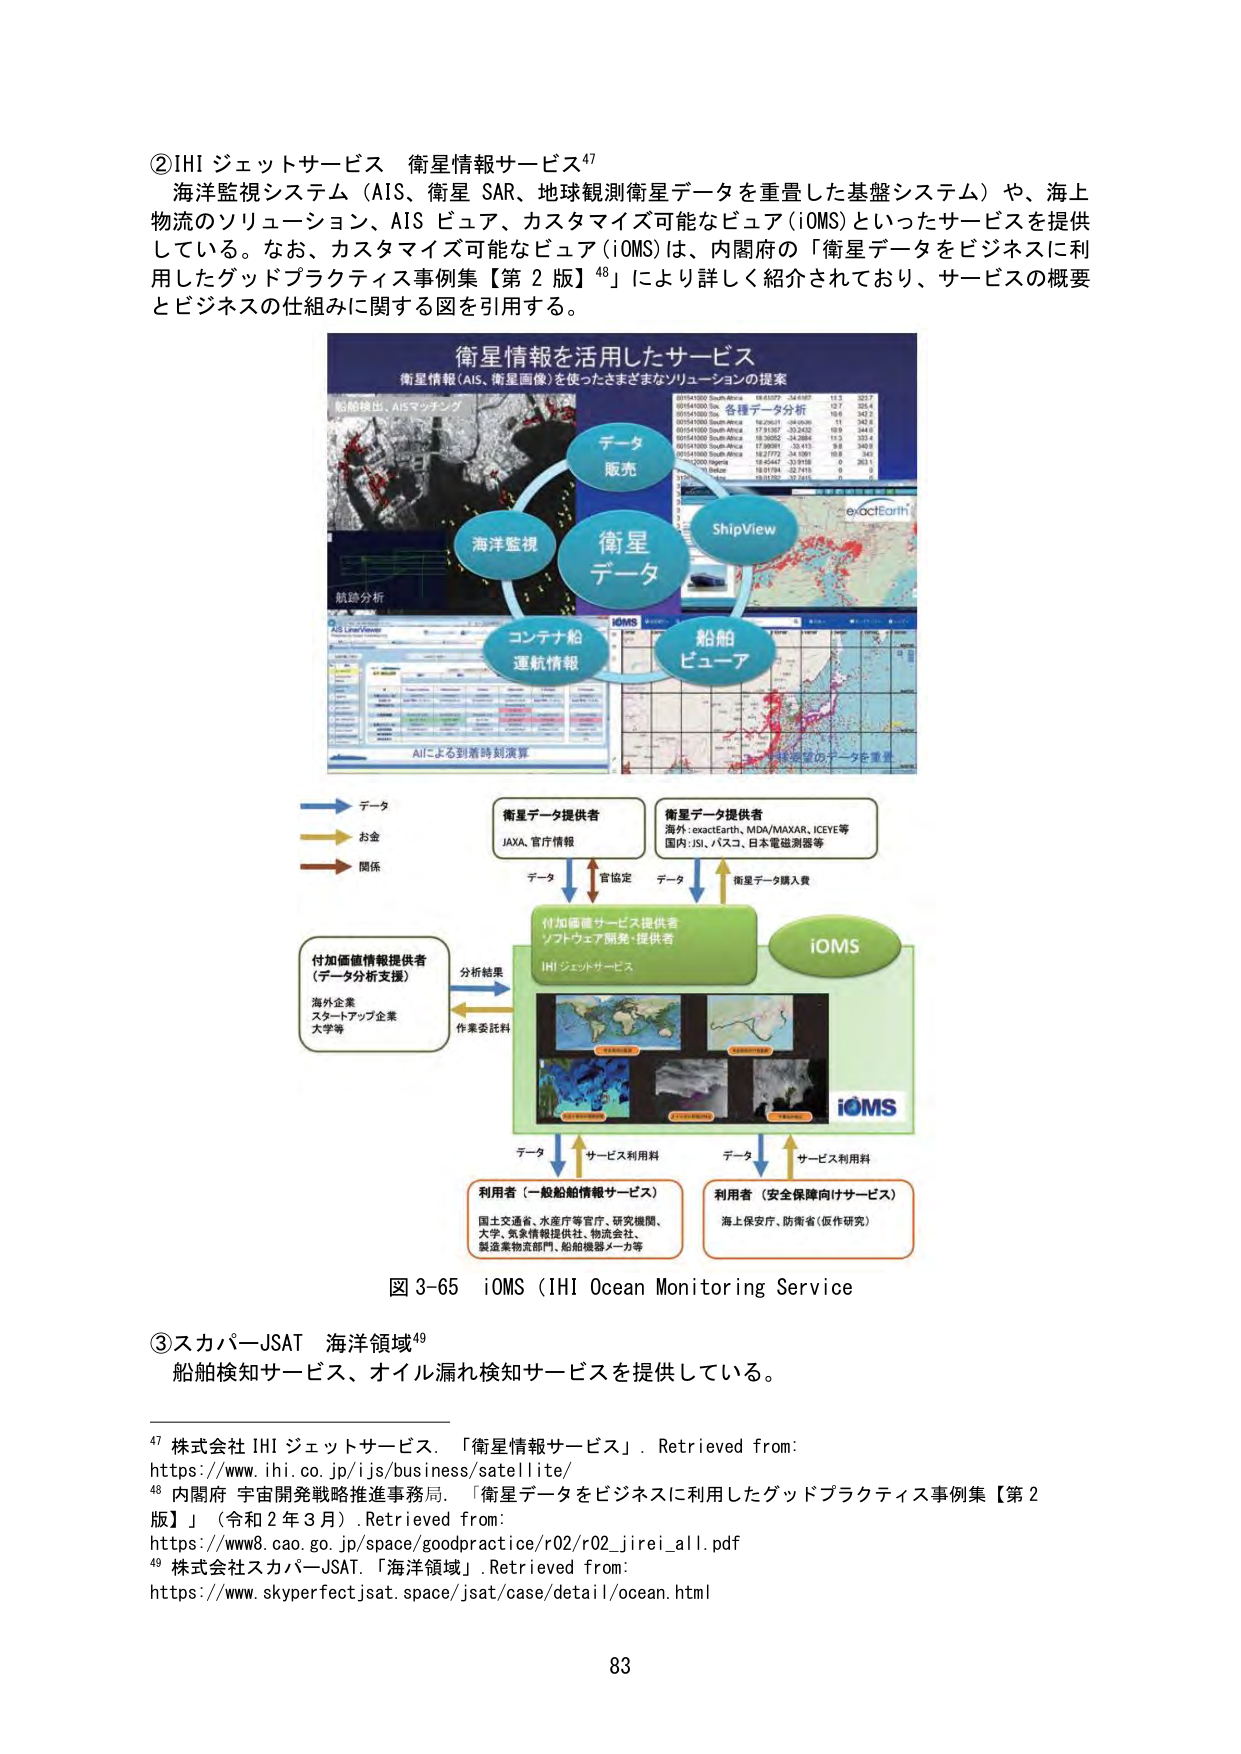
②IHI ジェットサービス 衛星情報サービス⁴⁷
海洋監視システム（AIS、衛星 SAR、地球観測衛星データを重畳した基盤システム）や、海上物流のソリューション、AIS ビュア、カスタマイズ可能なビュア（iOMS）といったサービスを提供している。なお、カスタマイズ可能なビュア（iOMS）は、内閣府の「衛星データをビジネスに利用したグッドプラクティス事例集【第 2 版】⁴⁸」により詳しく紹介されており、サービスの概要とビジネスの仕組みに関する図を引用する。

衛星情報を活用したサービス
衛星情報（AIS、衛星画像）を使ったさまざまなソリューションの提案
船跡検出、AISマッチング
データ
販売
海洋監視
衛星
データ
ShipView
exactEarth
航跡分析
コンテナ船
運航情報
船舶
ビュア
AIによる到着時刻演算
多様な空間のデータを重畳

データ
お金
関係
衛星データ提供者
JAXA、官庁情報
衛星データ提供者
海外：exactEarth、MDA/MAXAR、ICEYE等
国内：JSL、パスコ、日本電磁測器等
データ
官協定
データ
衛星データ購入費
付加価値情報提供者
（データ分析支援）
海外企業
スタートアップ企業
大学等
分析結果
作業委託料
付加価値サービス提供者
ソフトウェア開発・提供者
IHI ジェットサービス
iOMS
iOMS
データ
サービス利用料
データ
サービス利用料
利用者（一般船舶情報サービス）
国土交通省、水産庁等官庁、研究機関、
大学、気象情報提供社、物流会社、
製造業物流部門、船舶機器メーカ等
利用者（安全保障向けサービス）
海上保安庁、防衛省（仮作研究）

図 3-65 iOMS（IHI Ocean Monitoring Service）

③スカパーJSAT 海洋領域⁴⁹
船舶検知サービス、オイル漏れ検知サービスを提供している。

⁴⁷ 株式会社 IHI ジェットサービス．「衛星情報サービス」．Retrieved from:
https://www.ihj.co.jp/ijs/business/satellite/
⁴⁸ 内閣府 宇宙開発戦略推進事務局．「衛星データをビジネスに利用したグッドプラクティス事例集【第 2 版】」（令和 2 年 3 月）．Retrieved from:
https://www8.cao.go.jp/space/goodpractice/r02/r02_jirei_all.pdf
⁴⁹ 株式会社スカパーJSAT．「海洋領域」．Retrieved from:
https://www.skyperfectjsat.space/jsat/case/detail/ocean.html

83